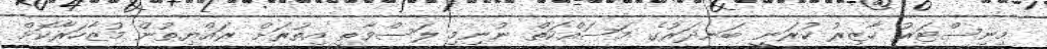
މިނިސްޓަރު ހާޒިރު ކުރަނީ ބަނދަރުގެ މަސައްކަތް ނުނިމި ލަސްވާތީ އިތުރަށް ރައްޔިތުން މުޒާހަރާކޮށް